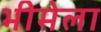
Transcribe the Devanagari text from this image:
भीमेला